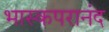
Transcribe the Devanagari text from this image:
भास्कपरानंद